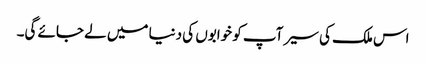
اس ملک کی سیر آپ کو خوابوں کی دنیا میں لے جائے گی۔